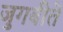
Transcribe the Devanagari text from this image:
जुगबीते